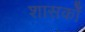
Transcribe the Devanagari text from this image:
शासकोँ